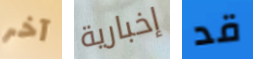
آخر إخبارية قد